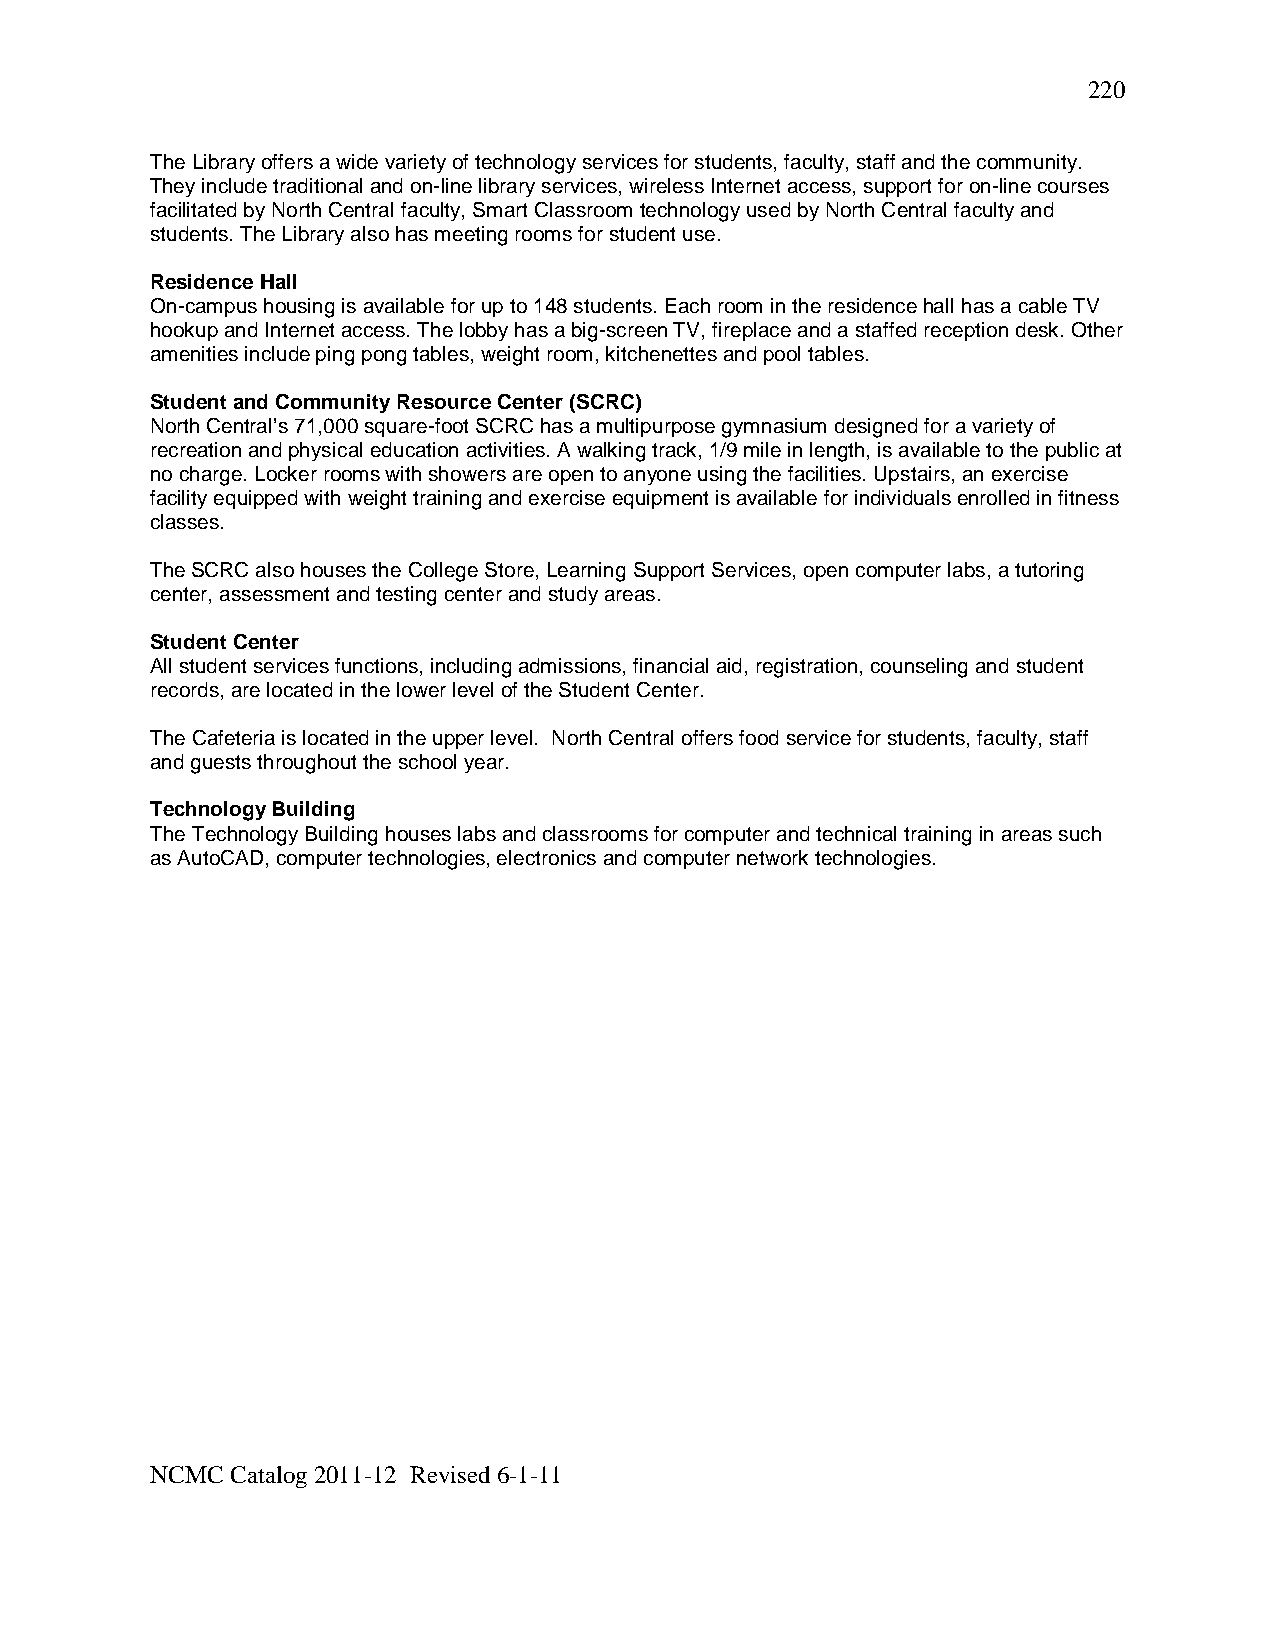
220
 The Library offers a wide variety of technology services for students, faculty, staff and the community.
 They include traditional and on-line library services, wireless Internet access, support for on-line courses
 facilitated by North Central faculty, Smart Classroom technology used by North Central faculty and
 students. The Library also has meeting rooms for student use.
 Residence Hall
 On-campus housing is available for up to 148 students. Each room in the residence hall has a cable TV
 hookup and Internet access. The lobby has a big-screen TV, fireplace and a staffed reception desk. Other
 amenities include ping pong tables, weight room, kitchenettes and pool tables.
 Student and Community Resource Center (SCRC)
 North Central’s 71,000 square-foot SCRC has a multipurpose gymnasium designed for a variety of
 recreation and physical education activities. A walking track, 1/9 mile in length, is available to the public at
 no charge. Locker rooms with showers are open to anyone using the facilities. Upstairs, an exercise
 facility equipped with weight training and exercise equipment is available for individuals enrolled in fitness
 classes.
 The SCRC also houses the College Store, Learning Support Services, open computer labs, a tutoring
 center, assessment and testing center and study areas.
 Student Center
 All student services functions, including admissions, financial aid, registration, counseling and student
 records, are located in the lower level of the Student Center.
 The Cafeteria is located in the upper level. North Central offers food service for students, faculty, staff
 and guests throughout the school year.
 Technology Building
 The Technology Building houses labs and classrooms for computer and technical training in areas such
 as AutoCAD, computer technologies, electronics and computer network technologies.
 NCMC Catalog 2011-12 Revised 6-1-11